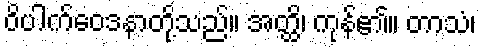
ဝိပါက်ဝေဒနာတို့သည်။ အတ္ထိ၊ ကုန်၏။ တာသံ၊